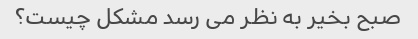
صبح بخیر به نظر می رسد مشکل چیست؟